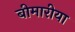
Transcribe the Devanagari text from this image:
बीमारीया